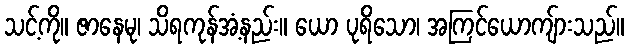
သင့်ကို။ ဇာနေမု၊ သိရကုန်အံ့နည်း။ ယော ပုရိသော၊ အကြင်ယောကျ်ားသည်။